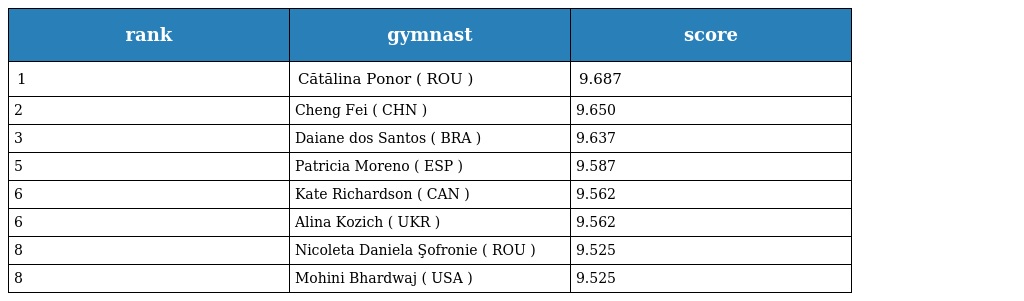
| rank | gymnast | score |
 | --- | --- | --- |
 | 1 | Cătălina Ponor ( ROU ) | 9.687 |
 | 2 | Cheng Fei ( CHN ) | 9.650 |
 | 3 | Daiane dos Santos ( BRA ) | 9.637 |
 | 5 | Patricia Moreno ( ESP ) | 9.587 |
 | 6 | Kate Richardson ( CAN ) | 9.562 |
 | 6 | Alina Kozich ( UKR ) | 9.562 |
 | 8 | Nicoleta Daniela Şofronie ( ROU ) | 9.525 |
 | 8 | Mohini Bhardwaj ( USA ) | 9.525 |